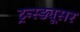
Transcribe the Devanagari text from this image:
ट्रन्स्ड्यूसर